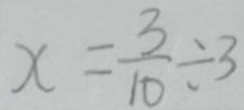
x = \frac { 3 } { 1 0 } \div 3